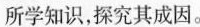
所学知识，探究其成因。